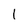
Character: 1